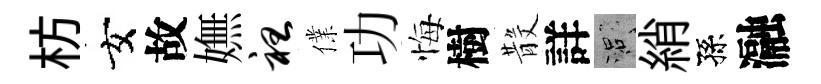
枋女故嫵袒㒒功悔樹𣪚詳口綃孫瀜